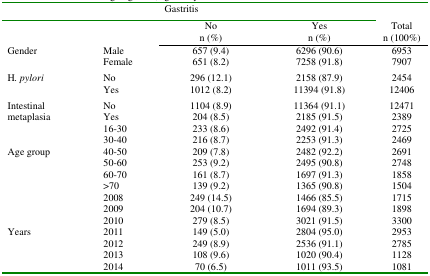
<table><thead><tr><td colspan="2"></td><td colspan="2"><b>Gastritis</b></td><td></td></tr><tr><td colspan="2"></td><td><b>Non (%)</b></td><td><b>Yesn (%)</b></td><td><b>Totaln (100%)</b></td></tr></thead><tbody><tr><td>Gender</td><td>MaleFemale</td><td>657 (9.4)651 (8.2)</td><td>6296 (90.6)7258 (91.8)</td><td>69537907</td></tr><tr><td>H<i>. pylori</i></td><td>NoYes</td><td>296 (12.1)1012 (8.2)</td><td>2158 (87.9)11394 (91.8)</td><td>245412406</td></tr><tr><td>Intestinalmetaplasia</td><td>NoYes</td><td>1104 (8.9)204 (8.5)</td><td>11364 (91.1)2185 (91.5)</td><td>124712389</td></tr><tr><td>Age group</td><td>16-3030-4040-5050-6060-70&gt;70</td><td>233 (8.6)216 (8.7)209 (7.8)253 (9.2)161 (8.7)139 (9.2)</td><td>2492 (91.4)2253 (91.3)2482 (92.2)2495 (90.8)1697 (91.3)1365 (90.8)</td><td>272524692691274818581504</td></tr><tr><td>Years</td><td>2008200920102011201220132014</td><td>249 (14.5)204 (10.7)279 (8.5)149 (5.0)249 (8.9)108 (9.6)70 (6.5)</td><td>1466 (85.5)1694 (89.3)3021 (91.5)2804 (95.0)2536 (91.1)1020 (90.4)1011 (93.5)</td><td>1715189833002953278511281081</td></tr></tbody></table>